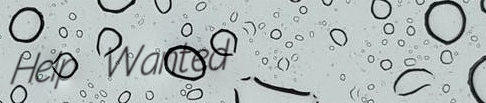
Help Wanted